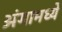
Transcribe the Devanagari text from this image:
अंगामध्ये